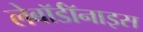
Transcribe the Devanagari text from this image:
लेबॉर्डॉनाइस